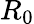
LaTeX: R_{0}